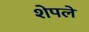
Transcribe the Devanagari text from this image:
शेपले